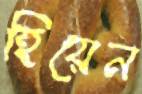
হিয়েন